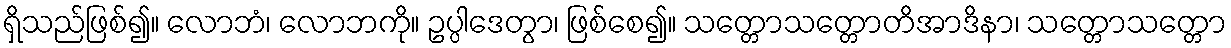
ရှိသည်ဖြစ်၍။ လောဘံ၊ လောဘကို။ ဥပ္ပါဒေတွာ၊ ဖြစ်စေ၍။ သတ္တောသတ္တောတိအာဒိနာ၊ သတ္တောသတ္တော